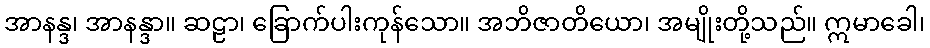
အာနန္ဒ၊ အာနန္ဒာ။ ဆဠာ၊ ခြောက်ပါးကုန်သော။ အဘိဇာတိယော၊ အမျိုးတို့သည်။ ဣမာခေါ၊